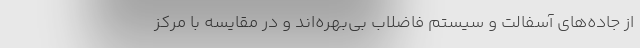
از جاده‌های آسفالت و سیستم فاضلاب بی‌بهره‌اند و در مقایسه با مرکز